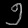
Digit: ၅